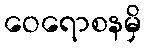
ဝေရောစနမှိ